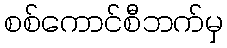
စစ်ကောင်စီဘက်မှ